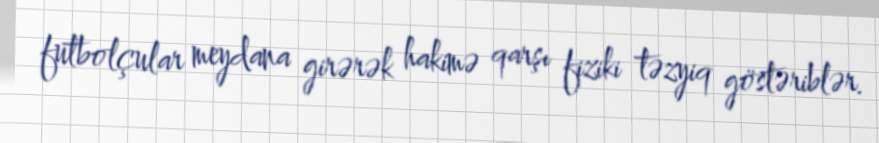
futbolçular meydana girərək hakimə qarşı fiziki təzyiq göstəriblər.